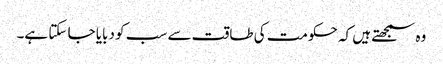
وہ سمجھتے ہیں کہ حکومت کی طاقت سے سب کو دبایا جا سکتا ہے۔